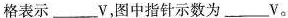
格表示___V，图中指针示数为____V。